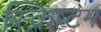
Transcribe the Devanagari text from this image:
स्क्रिप्टम